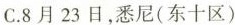
C.8月23日，悉尼(东十区)